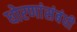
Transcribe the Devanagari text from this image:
धोरणांसंबंधी